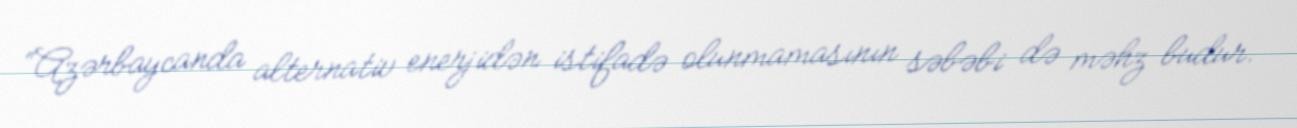
“Azərbaycanda alternativ enerjidən istifadə olunmamasının səbəbi də məhz budur.